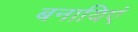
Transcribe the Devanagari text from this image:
बनायिएं